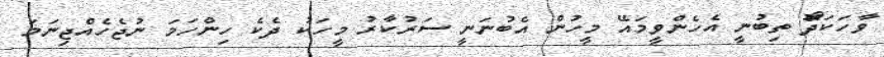
ވާހަކަދޯޮޮޮޮޮޮޮޮޮޮޮޮޮޮޮޮޮޮޮޮ ތިބުނީ އެހެންވީމައޭ މީހުން އެބުނަނީ ސަރުކާރު މީހަކު ދެކެ ހިންހަމަ ނުޖެހެއްޖިނަމަ